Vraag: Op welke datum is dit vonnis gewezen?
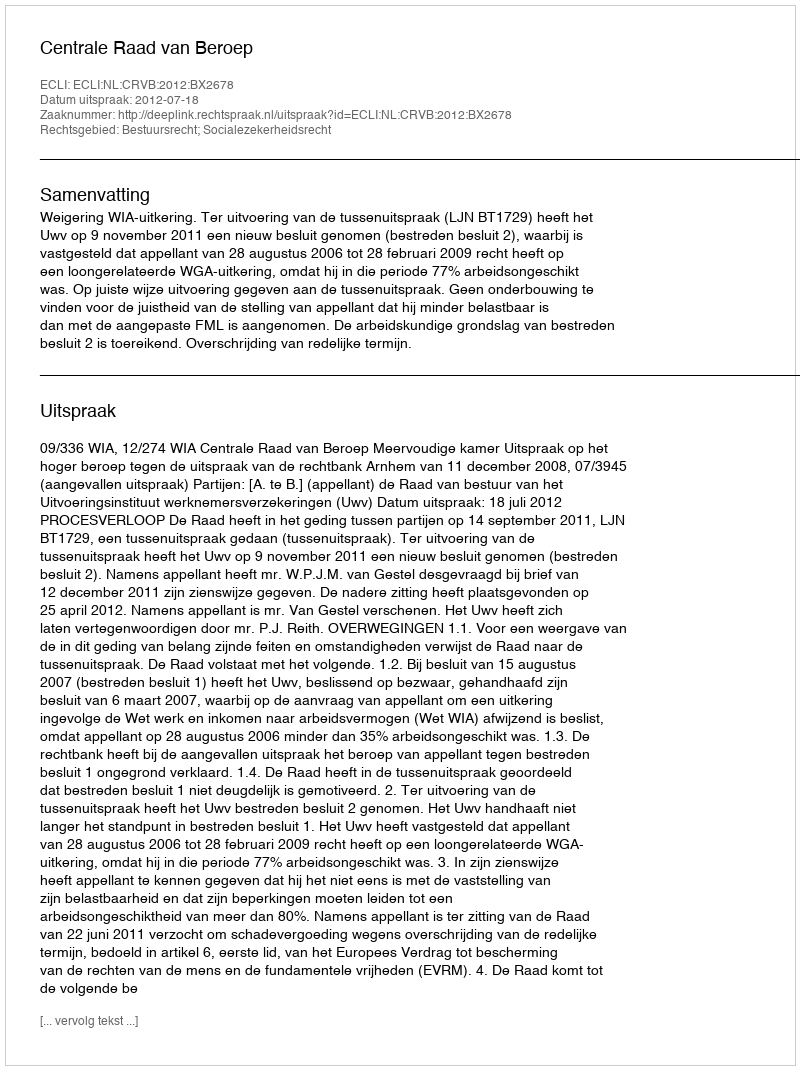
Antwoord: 2012-07-18